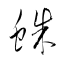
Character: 蛛